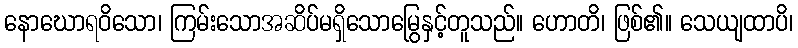
နောဃောရဝိသော၊ ကြမ်းသောအဆိပ်မရှိသောမြွေနှင့်တူသည်။ ဟောတိ၊ ဖြစ်၏။ သေယျထာပိ၊